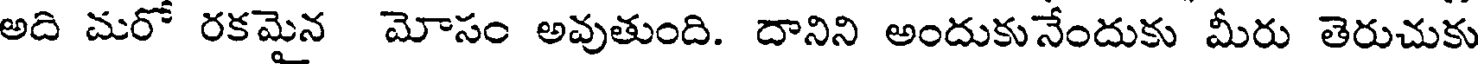
అది మరో రకమైన మోసం అవుతుంది. దానిని అందుకునేందుకు మీరు తెరుచుకు